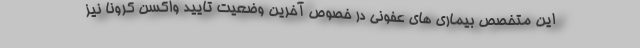
این متخصص بیماری های عفونی در خصوص آخرین وضعیت تایید واکسن کرونا نیز